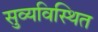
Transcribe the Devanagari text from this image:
सुव्यविस्थित